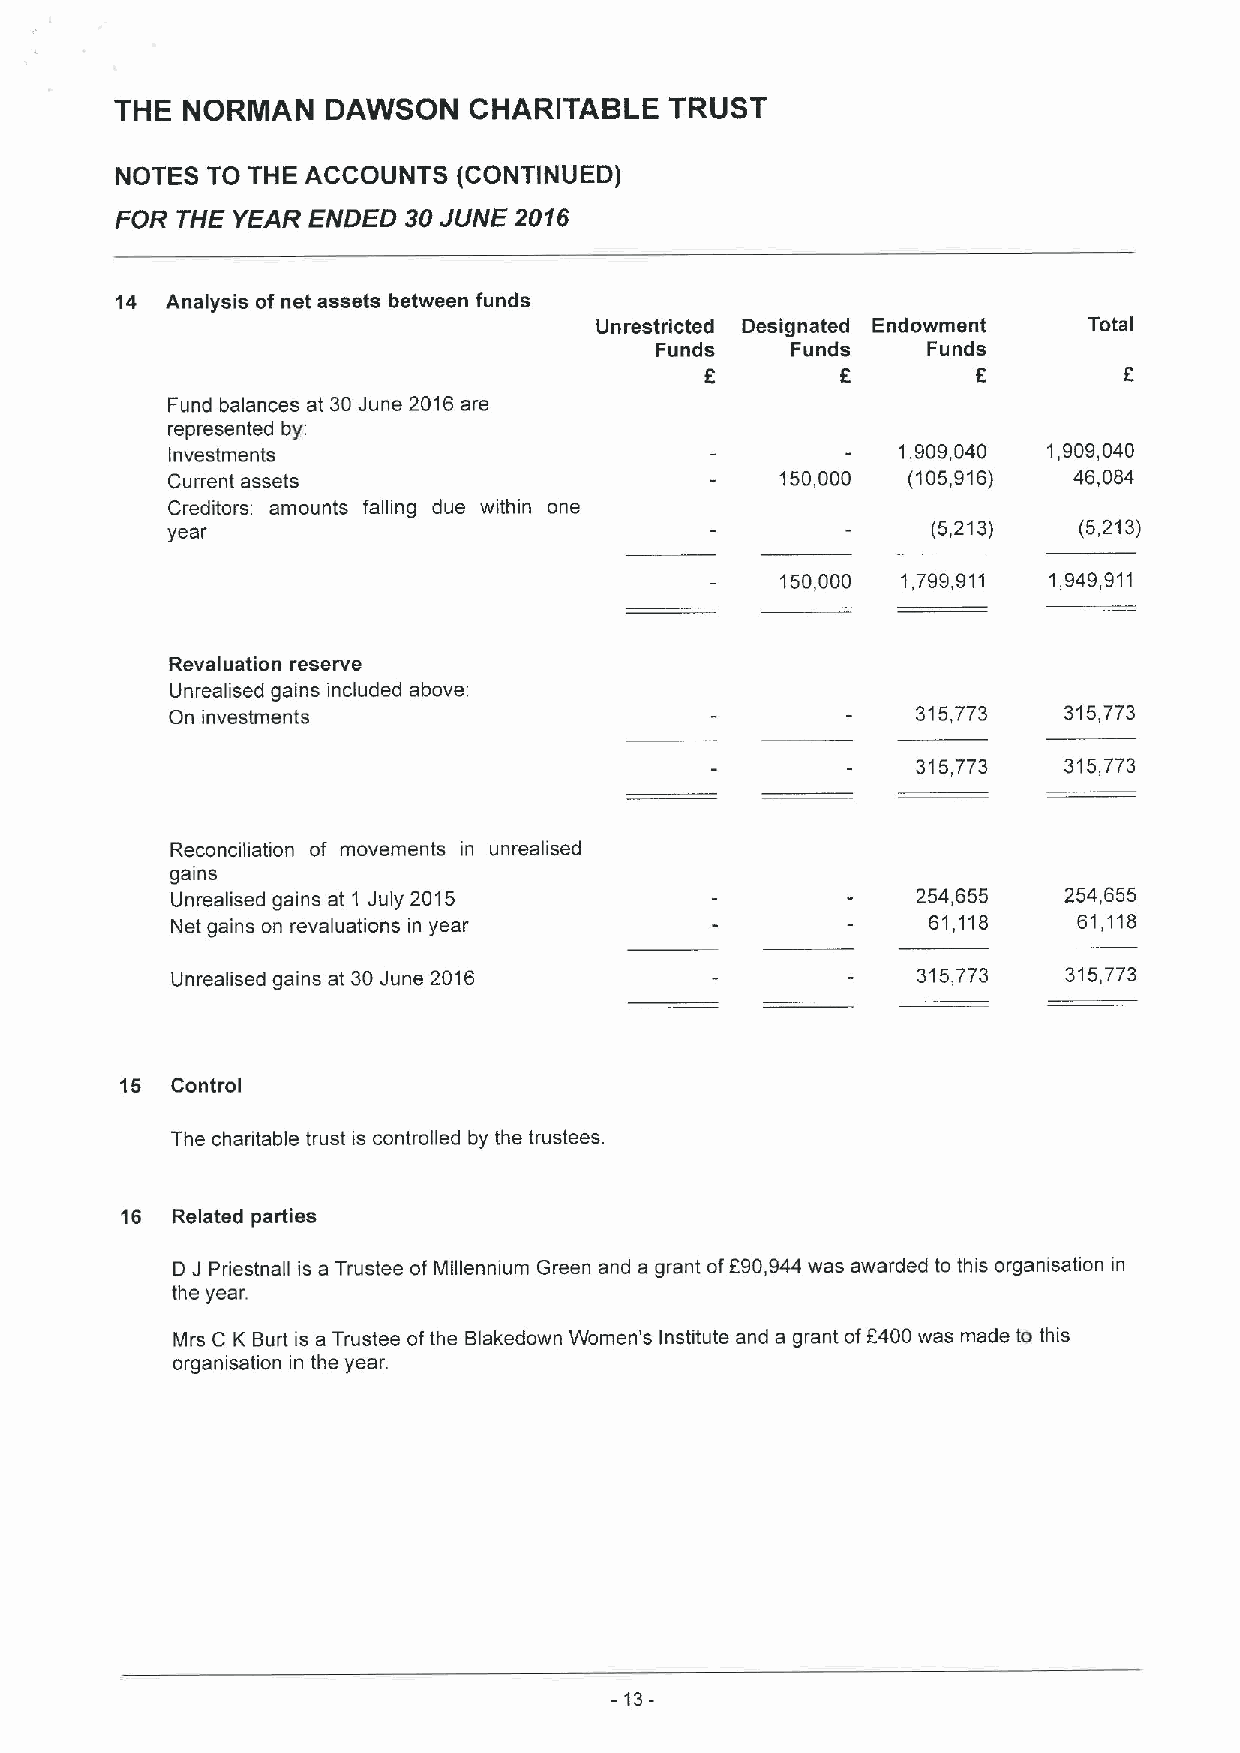
THE NORMAN    DAWSON   CHARITABLE   TRUST
 NOTES TO THE ACCOUNTS (CONTINUED)
 FOR THE YEAR ENDED 30JUNE 2016
 14 Analysis of net assets between funds
 Unrestricted Designated Endowment Total
 Funds    Funds    Funds
 6        6        6
 Fund balances at 30June 2016are
 represented by.
 Investments                                     1,909,040 1,909,040
 Current assets                           150,000 (105,916)  46,084
 Creditors: amounts falling due within one
 year                                               (5,213)  (5,213)
 150,000 1,799,911 1,949,911
 Revaluation reserve
 Unrealised gains included above:
 On investments                                    315,773  315,773
 315,773  315,773
 Reconciliation of movements in unrealised
 gains
 Unrealised gains at 1 July 2015                   254,655  254,655
 Net gains on revaluations in year                 61,118    61,118
 Unrealised gains at 30June 2016                   315,773   315,773
 15 Control
 The charitable trust is controlled by the trustees
 16 Related parties
 D J Priestnall is a Trustee ofMillennium Green and a grant off90,944 was awarded to this organisation in
 the year.
 Mrs C K Burt is a Trustee ofthe Blakedown Women's Institute and a grant of6400 was made to this
 organisation in the year.
 -13-